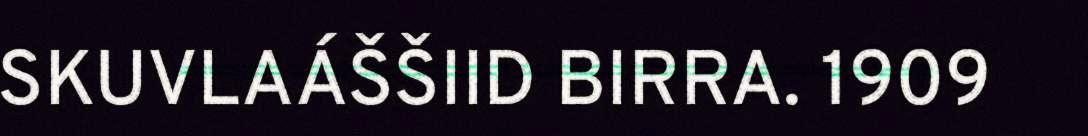
SKUVLAÁŠŠIID BIRRA. 1909